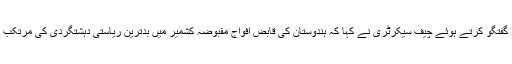
اس موقع پر گفتگو کرتے ہوئے چیف سیکرٹری نے کہا کہ ہندوستان کی قابض افواج مقبوضہ کشمیر میں بدترین ریاستی دہشتگردی کی مرتکب ہو رہی ہیں۔